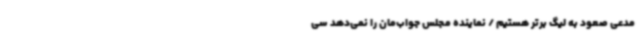
مدعی صعود به لیگ برتر هستیم / نماینده مجلس جواب‌مان را نمی‌دهد سی